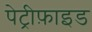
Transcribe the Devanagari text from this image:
पेट्रीफ़ाइड